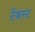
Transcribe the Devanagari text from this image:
टैकस्ट